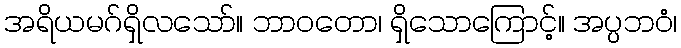
အရိယမဂ်ရှိလသော်။ ဘာဝတော၊ ရှိသောကြောင့်။ အပ္ပဘဝံ၊